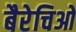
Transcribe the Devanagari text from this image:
बैरेचिओ